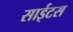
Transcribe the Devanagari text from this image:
साईटस